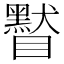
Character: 䁿